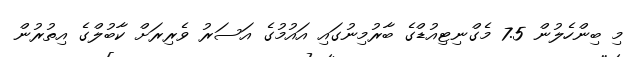
މި ބިންހެލުން 7.5 މެގްނިޓިއުޑްގެ ބާރުމިނުގައި އައުމުގެ އަސަރު ވެރިރަށް ކާބުލްގެ އިތުރުން